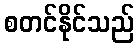
စတင်နိုင်သည်